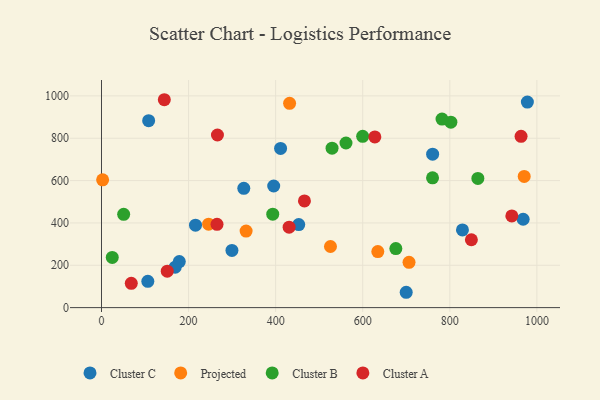
{"axis": {"x": "Experience", "y": "Fuel Efficiency"}, "legend": ["Cluster A", "Cluster B", "Cluster C", "Projected"], "data": [{"x": "395.5", "y": 574.4, "type": "Cluster C"}, {"x": "453.0", "y": 392.3, "type": "Cluster C"}, {"x": "829.0", "y": 367.1, "type": "Cluster C"}, {"x": "760.5", "y": 725.0, "type": "Cluster C"}, {"x": "978.1", "y": 970.8, "type": "Cluster C"}, {"x": "411.3", "y": 752.0, "type": "Cluster C"}, {"x": "106.4", "y": 124.3, "type": "Cluster C"}, {"x": "968.4", "y": 417.4, "type": "Cluster C"}, {"x": "299.6", "y": 270.2, "type": "Cluster C"}, {"x": "108.3", "y": 883.0, "type": "Cluster C"}, {"x": "178.7", "y": 217.6, "type": "Cluster C"}, {"x": "326.8", "y": 563.7, "type": "Cluster C"}, {"x": "169.3", "y": 191.2, "type": "Cluster C"}, {"x": "215.9", "y": 389.6, "type": "Cluster C"}, {"x": "699.8", "y": 72.5, "type": "Cluster C"}, {"x": "332.1", "y": 361.6, "type": "Projected"}, {"x": "432.0", "y": 965.0, "type": "Projected"}, {"x": "246.0", "y": 394.2, "type": "Projected"}, {"x": "2.6", "y": 603.6, "type": "Projected"}, {"x": "525.9", "y": 288.7, "type": "Projected"}, {"x": "634.6", "y": 264.6, "type": "Projected"}, {"x": "970.8", "y": 619.8, "type": "Projected"}, {"x": "706.3", "y": 214.2, "type": "Projected"}, {"x": "50.9", "y": 440.8, "type": "Cluster B"}, {"x": "393.3", "y": 441.3, "type": "Cluster B"}, {"x": "802.4", "y": 875.9, "type": "Cluster B"}, {"x": "864.4", "y": 610.1, "type": "Cluster B"}, {"x": "599.8", "y": 809.0, "type": "Cluster B"}, {"x": "529.5", "y": 753.1, "type": "Cluster B"}, {"x": "561.5", "y": 777.5, "type": "Cluster B"}, {"x": "676.0", "y": 278.9, "type": "Cluster B"}, {"x": "782.1", "y": 890.4, "type": "Cluster B"}, {"x": "760.3", "y": 613.1, "type": "Cluster B"}, {"x": "24.7", "y": 237.2, "type": "Cluster B"}, {"x": "627.8", "y": 806.4, "type": "Cluster A"}, {"x": "68.4", "y": 114.8, "type": "Cluster A"}, {"x": "266.3", "y": 815.3, "type": "Cluster A"}, {"x": "151.0", "y": 172.1, "type": "Cluster A"}, {"x": "849.5", "y": 320.7, "type": "Cluster A"}, {"x": "963.6", "y": 809.3, "type": "Cluster A"}, {"x": "942.4", "y": 433.3, "type": "Cluster A"}, {"x": "430.9", "y": 379.8, "type": "Cluster A"}, {"x": "265.3", "y": 393.4, "type": "Cluster A"}, {"x": "144.3", "y": 982.0, "type": "Cluster A"}, {"x": "466.1", "y": 504.2, "type": "Cluster A"}]}